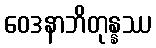
ဝေဒနာဘိတုန္နဿ